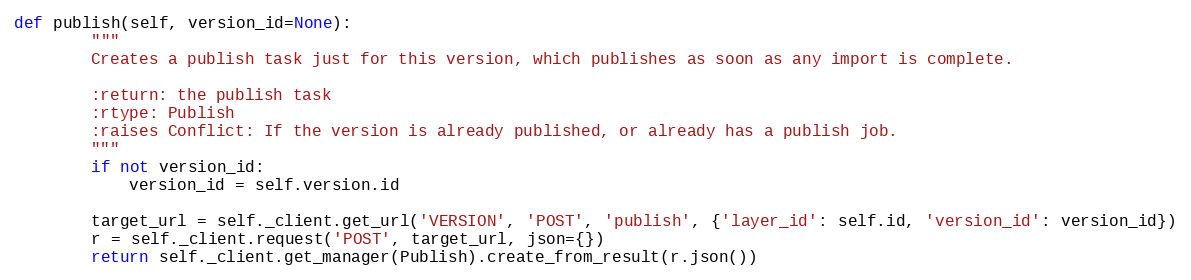
Language: Python
def publish(self, version_id=None):
        """
        Creates a publish task just for this version, which publishes as soon as any import is complete.

        :return: the publish task
        :rtype: Publish
        :raises Conflict: If the version is already published, or already has a publish job.
        """
        if not version_id:
            version_id = self.version.id

        target_url = self._client.get_url('VERSION', 'POST', 'publish', {'layer_id': self.id, 'version_id': version_id})
        r = self._client.request('POST', target_url, json={})
        return self._client.get_manager(Publish).create_from_result(r.json())